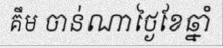
គឹម ចាន់ណាថ្ងៃខែឆ្នាំ